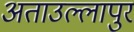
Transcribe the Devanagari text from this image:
अताउल्लापुर